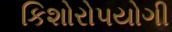
કિશોરોપયોગી